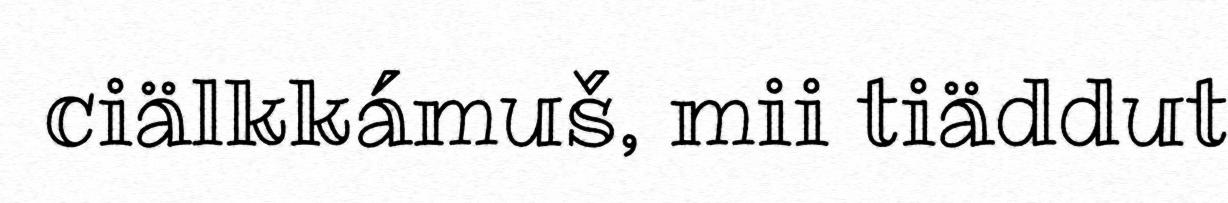
ciälkkámuš, mii tiäddut